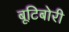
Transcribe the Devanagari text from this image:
बूटिबोरी